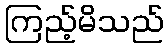
ကြည့်မိသည်